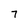
Character: 7